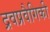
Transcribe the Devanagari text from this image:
द्रवप्रवैगिकी